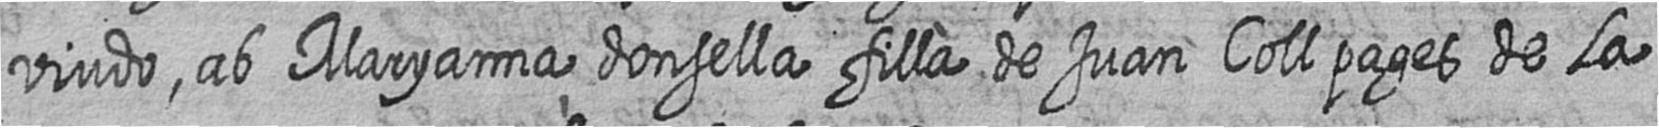
viudo ab Maryanna donsella filla de Juan Coll pages de la